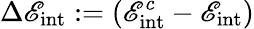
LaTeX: \Delta\mathscr{E}_{\mathrm{{int}}}:=(\mathscr{E}_{\mathrm{{int}}}^{c}-\mathscr{E}_{\mathrm{{int}}})